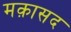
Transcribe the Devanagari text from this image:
मक़ासद